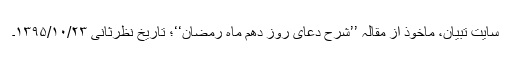
سایت تبیان، ماخوذ از مقالہ ’’شرح دعای روز دهم ماه رمضان‘‘؛ تاریخ نظرثانی ۱۳۹۵/۱۰/۲۳۔